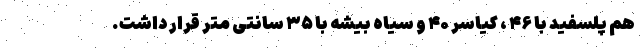
هم پلسفید با ۴۶ ، کیاسر ۴۰ و سیاه بیشه با ۳۵ سانتی متر قرار داشت.